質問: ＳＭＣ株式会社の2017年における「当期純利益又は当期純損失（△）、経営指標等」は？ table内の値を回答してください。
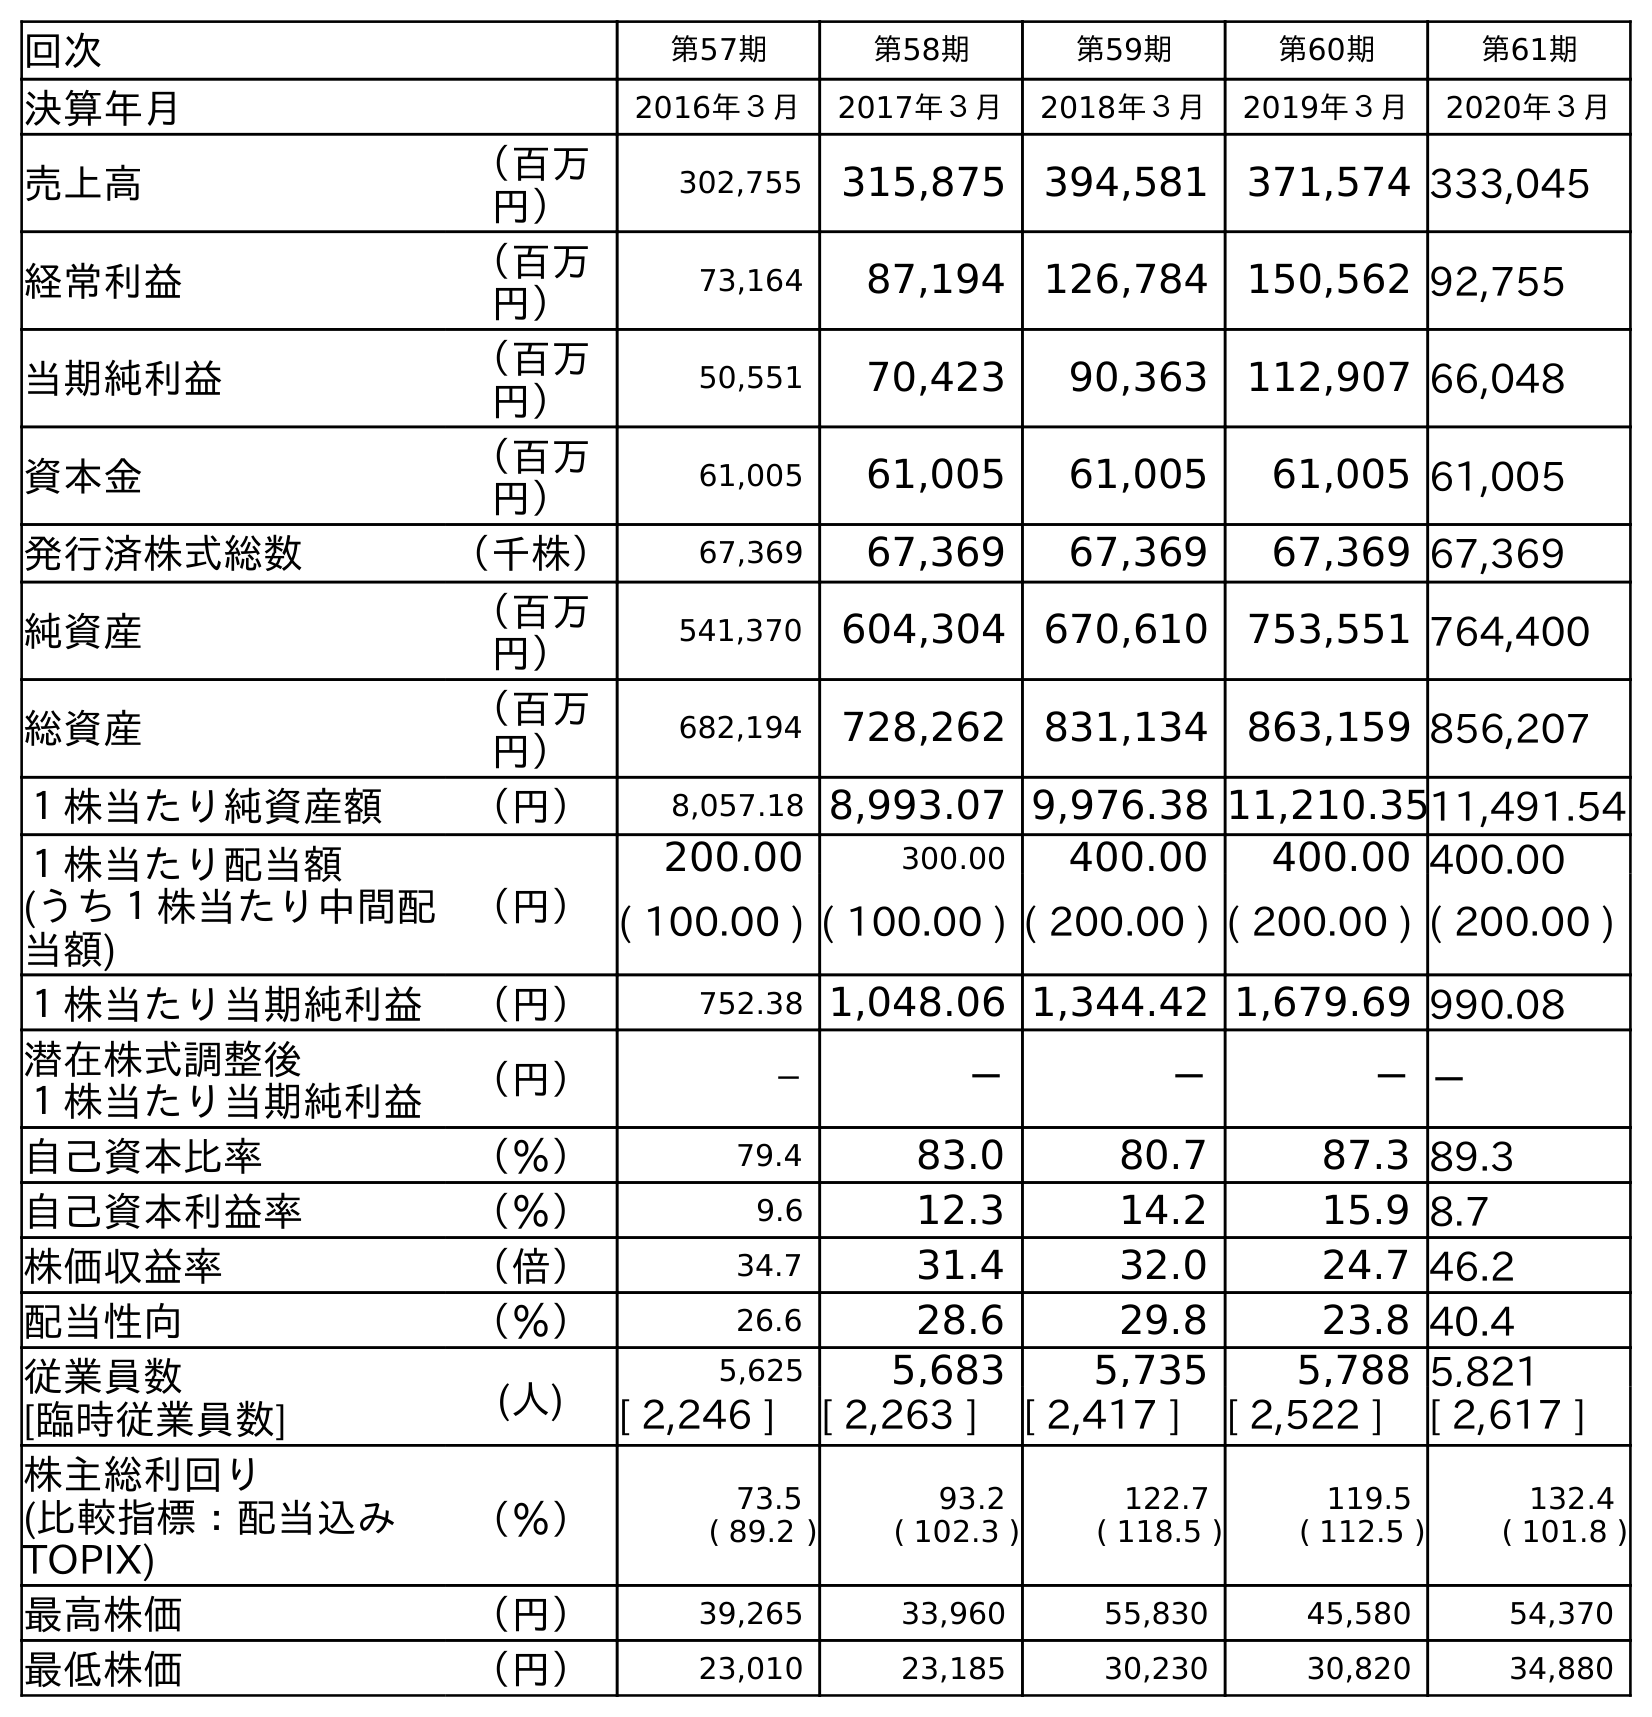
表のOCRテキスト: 回次 第57期 第58期 第59期 第60期 第61期 決算年月 2016年３月 2017年３月 2018年３月 2019年３月 2020年３月 売上高 （百万 円） 302,755 315,875 394,581 371,574 333,045 経常利益 （百万 円） 73,164 87,194 126,784 150,562 92,755 当期純利益 （百万 円） 50,551 70,423 90,363 112,907 66,048 資本金 （百万 円） 61,005 61,005 61,005 61,005 61,005 発行済株式総数 （千株） 67,369 67,369 67,369 67,369 67,369 純資産 （百万 円） 541,370 604,304 670,610 753,551 764,400 総資産 （百万 円） 682,194 728,262 831,134 863,159 856,207 １株当たり純資産額 （円） 8,057.18 8,993.07 9,976.38 11,210.3511,491.54 １株当たり配当額 (うち１株当たり中間配 当額) （円） 200.00 300.00 400.00 400.00 400.00 ( 100.00 ) ( 100.00 ) ( 200.00 ) ( 200.00 ) ( 200.00 ) １株当たり当期純利益 （円） 752.38 1,048.06 1,344.42 1,679.69 990.08 潜在株式調整後 １株当たり当期純利益 （円） － － － －－ 自己資本比率 （％） 79.4 83.0 80.7 87.3 89.3 自己資本利益率 （％） 9.6 12.3 14.2 15.9 8.7 株価収益率 （倍） 34.7 31.4 32.0 24.7 46.2 配当性向 （％） 26.6 28.6 29.8 23.8 40.4 従業員数 [臨時従業員数] (人) 5,625 5,683 5,735 5,788 5,821 [ 2,246 ] [ 2,263 ] [ 2,417 ] [ 2,522 ] [ 2,617 ] 株主総利回り (比較指標：配当込み TOPIX) （％） 73.5 ( 89.2 ) 93.2 ( 102.3 ) 122.7 ( 118.5 ) 119.5 ( 112.5 ) 132.4 ( 101.8 ) 最高株価 （円） 39,265 33,960 55,830 45,580 54,370 最低株価 （円） 23,010 23,185 30,230 30,820 34,880
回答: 70,423